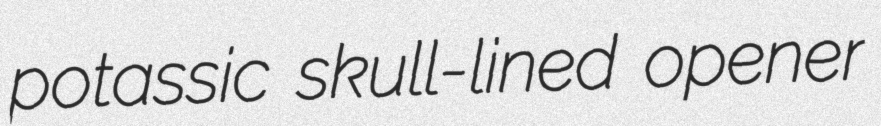
potassic skull-lined opener